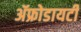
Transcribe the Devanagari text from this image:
ॲफ्रोडायटी